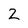
Character: 2